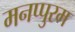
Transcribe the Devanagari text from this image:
मनप्पुरम